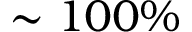
\sim 1 0 0 \%